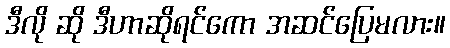
ဒီလို ဆို ဒီဟာဆိုရင်ကော အဆင်ပြေမလား။